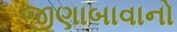
જીણાબાવાનો